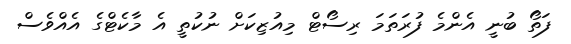
ފަތޯ ބުނީ އެންމެ ފުރަތަމަ ރިސޯޓް މިއުޒިކަށް ނުކުތީ އެ މާކެޓްގެ އެއްވެސް